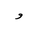
Letter: _waw